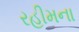
રહીમના